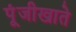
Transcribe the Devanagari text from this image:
पूंजीखाते